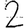
Digit: 2